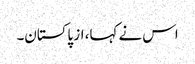
اس نے کہا، از پاکستان۔